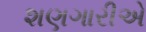
શણગારીએ